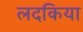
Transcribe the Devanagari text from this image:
लदकिया